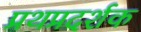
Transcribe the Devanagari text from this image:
प्रथप्रदर्शक